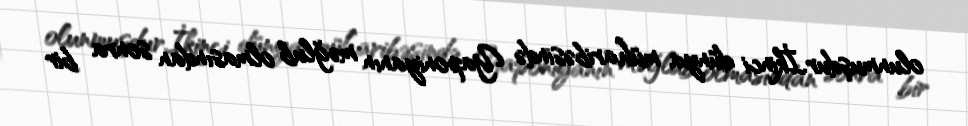
olunmuşdur.İkinci dünya müharibəsində Yaponiyanın məğlub olmasından sonra bir